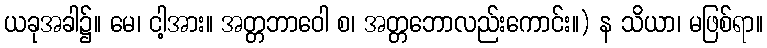
ယခုအခါ၌။ မေ၊ ငါ့အား။ အတ္တဘာဝေါ စ၊ အတ္တဘောလည်းကောင်း။) န သိယာ၊ မဖြစ်ရာ။